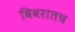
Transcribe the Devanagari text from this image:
विवरातच